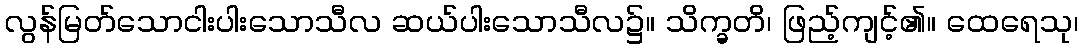
လွန်မြတ်သောငါးပါးသောသီလ ဆယ်ပါးသောသီလ၌။ သိက္ခတိ၊ ဖြည့်ကျင့်၏။ ထေရေသု၊